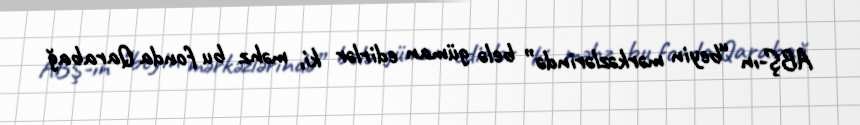
ABŞ-ın “beyin mərkəzlərində” belə güman edirlər ki, məhz bu fonda Qarabağ